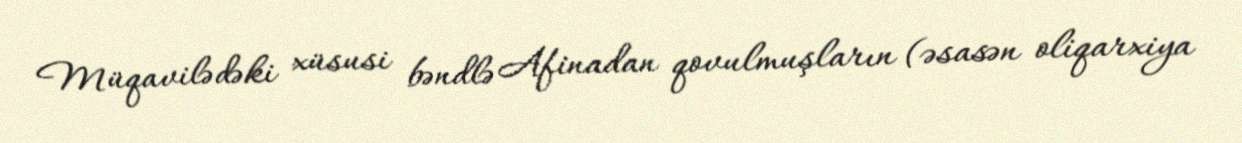
Müqavilədəki xüsusi bəndlə Afinadan qovulmuşların (əsasən oliqarxiya